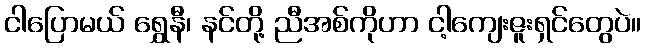
ငါပြောမယ် ရွှေနီ၊ နင်တို့ ညီအစ်ကိုဟာ ငါ့ကျေးဇူးရှင်တွေပဲ။